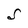
Character: S